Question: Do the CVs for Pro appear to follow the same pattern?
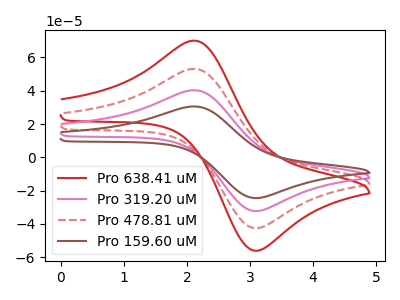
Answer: <think>The red curve "Pro 638.41 uM" has an anodic peak at (2.10V, 120.90uA) and a cathodic peak at (3.15V, -96.25uA). The pink curve "Pro 319.20 uM" has an anodic peak at (2.10V, 40.30uA) and a cathodic peak at (3.15V, -32.10uA). The red dashed curve "Pro 478.81 uM" has an anodic peak at (2.10V, 80.60uA) and a cathodic peak at (3.15V, -64.15uA). The brown curve "Pro 159.60 uM" has an anodic peak at (2.10V, 30.55uA) and a cathodic peak at (3.15V, -24.35uA).
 All the peaks in "Pro 638.41 uM" have a peak in "Pro 319.20 uM" at the same potential. Every peak in "Pro 638.41 uM" is higher than every peak in "Pro 319.20 uM". All the peaks in "Pro 638.41 uM" have a peak in "Pro 478.81 uM" at the same potential. Every peak in "Pro 638.41 uM" is higher than every peak in "Pro 478.81 uM". All the peaks in "Pro 638.41 uM" have a peak in "Pro 159.60 uM" at the same potential. Every peak in "Pro 638.41 uM" is higher than every peak in "Pro 159.60 uM". All the peaks in "Pro 319.20 uM" have a peak in "Pro 478.81 uM" at the same potential. Every peak in "Pro 319.20 uM" is lower than every peak in "Pro 478.81 uM". All the peaks in "Pro 319.20 uM" have a peak in "Pro 159.60 uM" at the same potential. Every peak in "Pro 319.20 uM" is higher than every peak in "Pro 159.60 uM". All the peaks in "Pro 478.81 uM" have a peak in "Pro 159.60 uM" at the same potential. Every peak in "Pro 478.81 uM" is higher than every peak in "Pro 159.60 uM".</think>
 <answer>All the CV's of "Pro" have similar shape.</answer>
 <eval>follow_rule</eval>